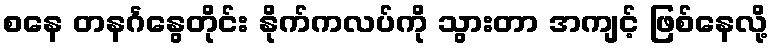
စနေ တနင်္ဂနွေတိုင်း နိုက်ကလပ်ကို သွားတာ အကျင့် ဖြစ်နေလို့